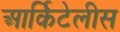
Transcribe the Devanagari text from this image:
आर्किटेलीस